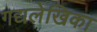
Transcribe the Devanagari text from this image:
गद्यलेखिका